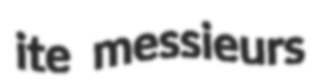
ite messieurs